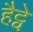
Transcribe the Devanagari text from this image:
हैट्वे